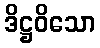
ဒိဋ္ဌဝိသော